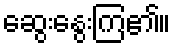
ဆွေးနွေးကြ၏။